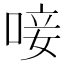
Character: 唼